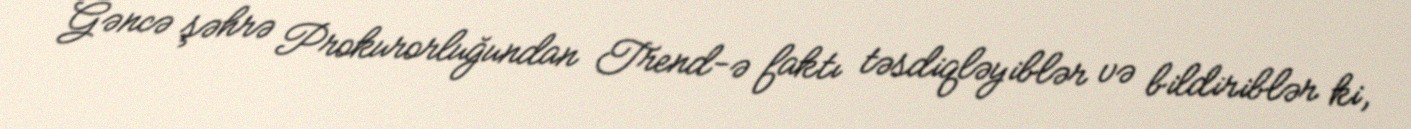
Gəncə şəhrə Prokurorluğundan Trend-ə faktı təsdiqləyiblər və bildiriblər ki,